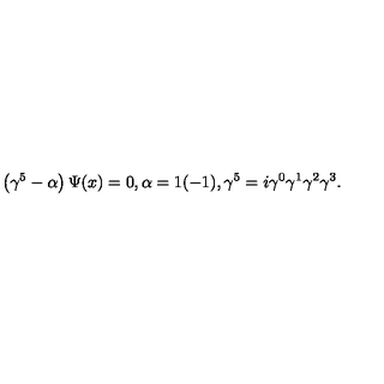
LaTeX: \left( \gamma ^ { 5 } - \alpha \right) \Psi ( x ) = 0 , \alpha = 1 ( - 1 ) , \gamma ^ { 5 } = i \gamma ^ { 0 } \gamma ^ { 1 } \gamma ^ { 2 } \gamma ^ { 3 } .